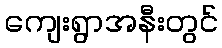
ကျေးရွာအနီးတွင်